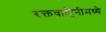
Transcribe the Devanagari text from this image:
रक्तवाहिनीमध्ये